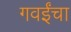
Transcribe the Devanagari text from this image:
गवईंचा